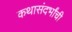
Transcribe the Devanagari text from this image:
कथासंदर्भांची